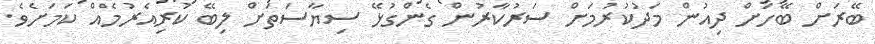
ބޭރަށް ބޭހަށް ދިއުން މަދުކުރުމަށް ސަރުކާރުން ގެންގުޅޭ ސިޔާސަތަށް ލިބޭ ކުރިއެރުމެއް ކަމަށެވެ.